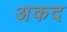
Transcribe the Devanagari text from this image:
अकद